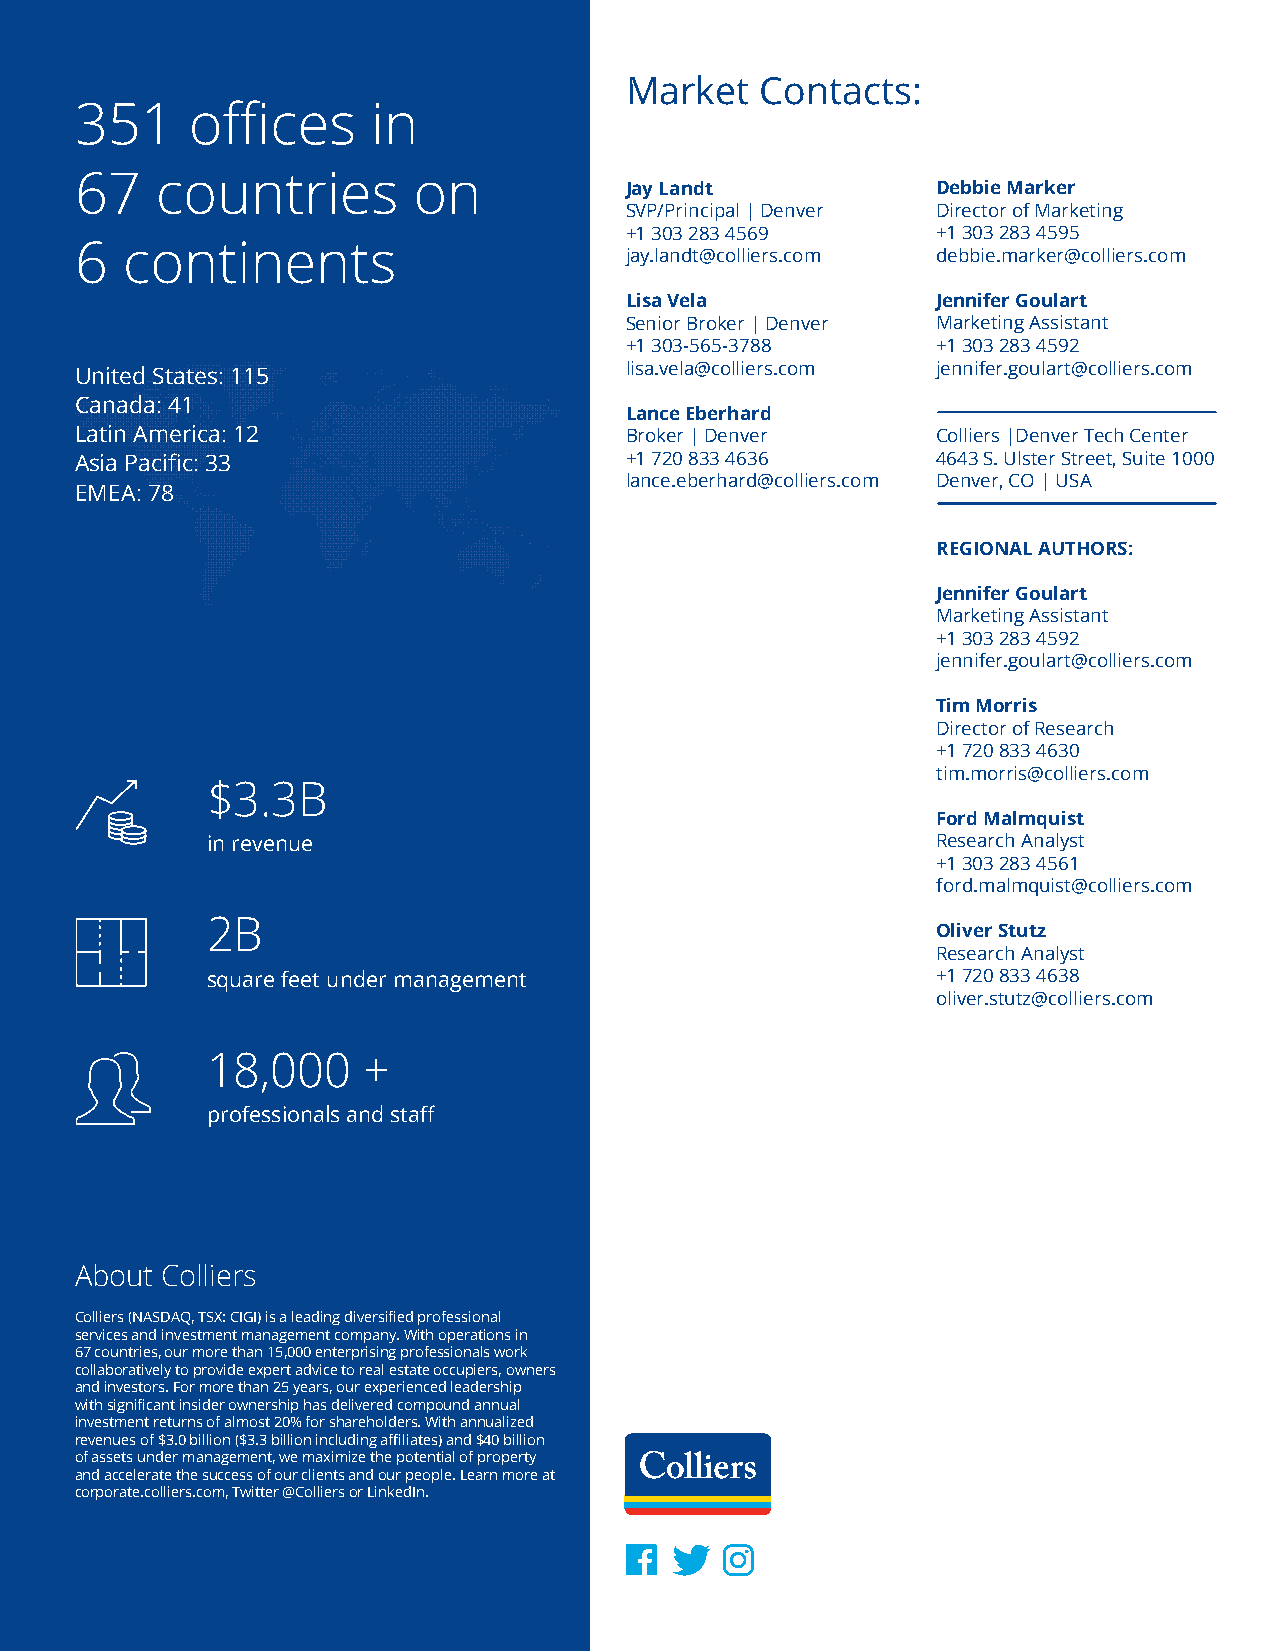
Market   Contacts:
 351    offices      in
 67   countries        on
 Jay Landt            Debbie Marker
 SVP/Principal | Denver Director of Marketing
 +1 303 283 4569      +1 303 283 4595
 6  continents
 jay.landt@colliers.com debbie.marker@colliers.com
 Lisa Vela            Jennifer Goulart
 Senior Broker | Denver Marketing Assistant
 +1 303-565-3788      +1 303 283 4592
 United States: 115                  lisa.vela@colliers.com jennifer.goulart@colliers.com
 Canada: 41
 Lance Eberhard
 Latin America: 12                   Broker | Denver      Colliers |Denver Tech Center
 Asia Pacific: 33                    +1 720 833 4636      4643 S. Ulster Street, Suite 1000
 lance.eberhard@colliers.com Denver, CO | USA
 EMEA: 78
 REGIONAL AUTHORS:
 Jennifer Goulart
 Marketing Assistant
 +1 303 283 4592
 jennifer.goulart@colliers.com
 Tim Morris
 Director of Research
 +1 720 833 4630
 tim.morris@colliers.com
 $3.3B
 Ford Malmquist
 in revenue                                      Research Analyst
 +1 303 283 4561
 ford.malmquist@colliers.com
 2B
 Oliver Stutz
 Research Analyst
 square feet under management                    +1 720 833 4638
 oliver.stutz@colliers.com
 18,000    +
 professionals and staff
 About Colliers
 Colliers (NASDAQ, TSX: CIGI) is a leading diversified professional
 services and investment management company. With operations in
 67 countries, our more than 15,000 enterprising professionals work
 collaboratively to provide expert advice to real estate occupiers, owners
 and investors. For more than 25 years, our experienced leadership
 with significant insider ownership has delivered compound annual
 investment returns of almost 20% for shareholders. With annualized
 revenues of $3.0 billion ($3.3 billion including affiliates) and $40 billion
 of assets under management, we maximize the potential of property
 and accelerate the success of our clients and our people. Learn more at
 corporate.colliers.com, Twitter @Colliers or LinkedIn.